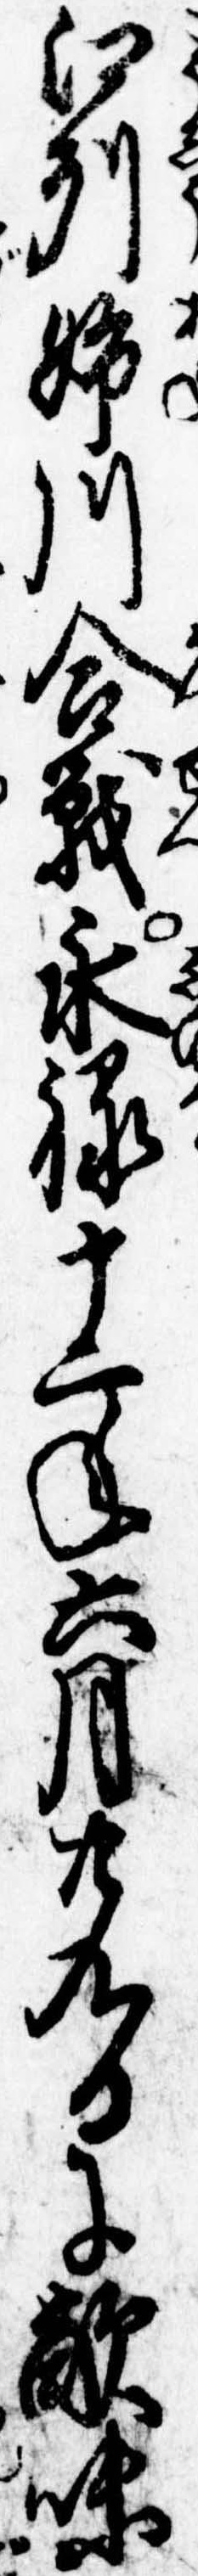
江州姉川合戦永禄十二年六月廿九日に敵味